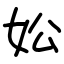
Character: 妐